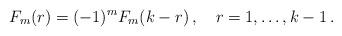
LaTeX: \begin{align*}F_{m}(r)=(-1)^{m}F_{m}(k-r)\,,\quad r=1,\ldots ,k-1\,.\end{align*}